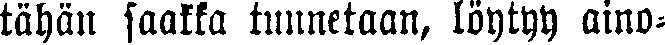
tähän saakka tunnetaan, löytyy aino-